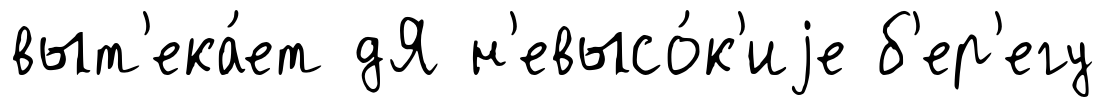
выт'ека́ет дЯ н'евысо́к'иjе б'ер'егу